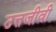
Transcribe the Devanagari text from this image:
उत्तजीवी